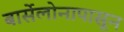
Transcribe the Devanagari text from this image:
बार्सेलोनापासून